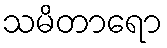
သမိတာရော